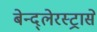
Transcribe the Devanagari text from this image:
बेन्द्लेरस्ट्रासे